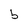
Character: b